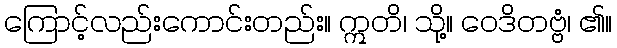
ကြောင့်လည်းကောင်းတည်း။ ဣတိ၊ သို့။ ဝေဒိတဗ္ဗံ၊ ၏။